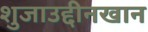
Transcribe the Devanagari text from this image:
शुजाउद्दीनखान